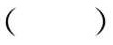
（ ）